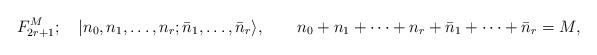
LaTeX: \begin{align*}F_{2r+1}^M;\quad |n_0,n_1,\ldots,n_r;\bar{n}_1,\ldots,\bar{n}_r\rangle,\qquad n_0+n_1+\cdots+n_r+\bar{n}_1+\cdots+\bar{n}_r=M,\end{align*}